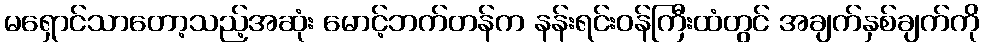
မရှောင်သာတော့သည့်အဆုံး မောင့်ဘက်တန်က နန်းရင်းဝန်ကြီးထံတွင် အချက်နှစ်ချက်ကို